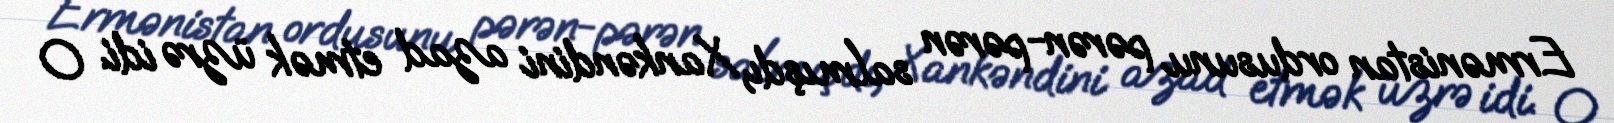
Ermənistan ordusunu pərən-pərən salmışdı, Xankəndini azad etmək üzrə idi. O